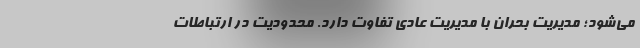
مي‌شود؛ ‌مديريت بحران با مديريت عادي تفاوت دارد. محدوديت در ارتباطات